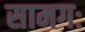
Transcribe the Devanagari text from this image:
सामगः